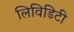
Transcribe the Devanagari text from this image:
लिविडिटी